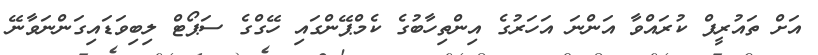
އަށް ތައުރީފް ކުރައްވާ އަންނަ އަހަރުގެ އިންތިހާބުގެ ކެމްޕޭންގައި ހޭގްގެ ސަޕޯޓް ލިބިވަޑައިގަންނަވާނޭ